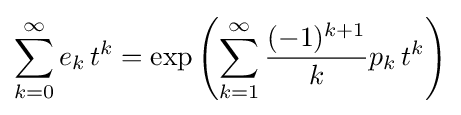
\sum _{k=0}^{\infty }e_{k}\,t^{k}=\exp \left(\sum _{k=1}^{\infty }{\frac {(-1)^{k+1}}{k}}p_{k}\,t^{k}\right)